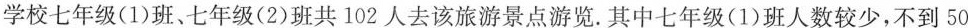
学校七年级(1)班、七年级(2)班共102人去该旅游景点游览.其中七年级(1)班人数较少，不到50